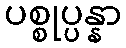
ပစ္စုပ္ပန္နာ